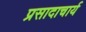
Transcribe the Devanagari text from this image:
प्रसादाचार्य